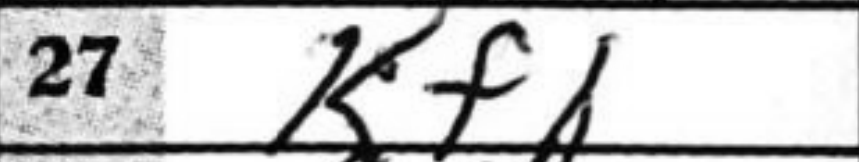
Transcription: Kf2